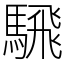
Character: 騛